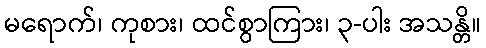
မရောက်၊ ကုစား၊ ထင်စွာကြား၊ ၃-ပါး အသန္တိ။